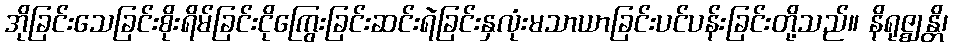
အိုခြင်းသေခြင်းစိုးရိမ်ခြင်းငိုကြွေးခြင်းဆင်းရဲခြင်းနှလုံးမသာယာခြင်းပင်ပန်းခြင်းတို့သည်။ နိရုဇ္ဈန္တိ၊